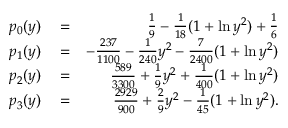
\begin{array} { r l r } { p _ { 0 } ( y ) } & { { } = } & { \frac { 1 } { 9 } - \frac { 1 } { 1 8 } ( 1 + \ln y ^ { 2 } ) + \frac { 1 } { 6 } } \\ { p _ { 1 } ( y ) } & { { } = } & { - \frac { 2 3 7 } { 1 1 0 0 } - \frac { 1 } { 2 4 0 } y ^ { 2 } - \frac { 7 } { 2 4 0 0 } ( 1 + \ln y ^ { 2 } ) } \\ { p _ { 2 } ( y ) } & { { } = } & { \frac { 5 8 9 } { 3 3 0 0 } + \frac { 1 } { 9 } y ^ { 2 } + \frac { 1 } { 4 0 0 } ( 1 + \ln y ^ { 2 } ) } \\ { p _ { 3 } ( y ) } & { { } = } & { \frac { 2 9 2 9 } { 9 0 0 } + \frac { 2 } { 9 } y ^ { 2 } - \frac { 1 } { 4 5 } ( 1 + \ln y ^ { 2 } ) . } \end{array}